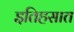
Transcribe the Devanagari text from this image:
इतिहसात